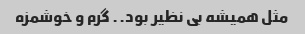
مثل همیشه بی نظیر بود.. گرم و خوشمزه